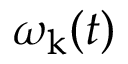
\omega _ { \boldsymbol { \mathrm { k } } } ( t )